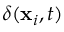
\delta ( \mathbf { x } _ { i } , t )